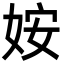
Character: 姲